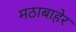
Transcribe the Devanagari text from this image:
मठाबाहेर